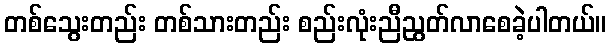
တစ်သွေးတည်း တစ်သားတည်း စည်းလုံးညီညွတ်လာစေခဲ့ပါတယ်။